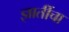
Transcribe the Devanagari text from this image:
ज्ञातींचा